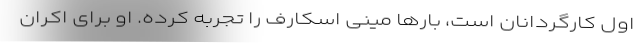
اول کارگردانان است، بارها مینی اسکارف را تجربه کرده. او برای اکران